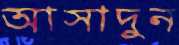
আসাদুন